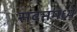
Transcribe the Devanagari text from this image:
सदनमध्ये